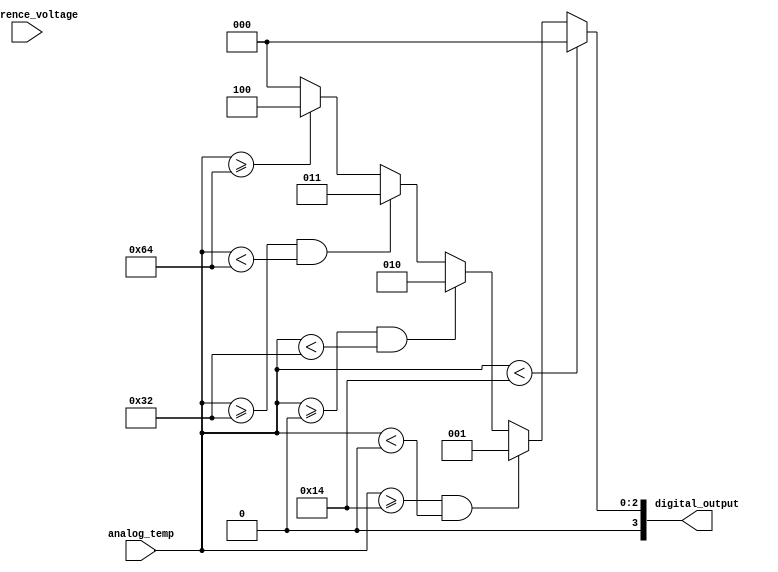
module thermal_encoder (
    input wire [7:0] analog_temp, // 8-bit input representing the analog temperature signal
    input wire [7:0] reference_voltage, // 8-bit reference voltage
    output reg [3:0] digital_output // 4-bit digital output representing the temperature
);

// Define temperature thresholds
parameter TEMP_MIN = 8'd20;  // -20C
parameter TEMP_0   = 8'd0;   // 0C
parameter TEMP_MAX = 8'd100; // 100C

always @(*) begin
    // Initialize the digital output to zero
    digital_output = 4'b0000;

    // Threshold comparisons for encoding
    if (analog_temp < TEMP_MIN) begin
        digital_output = 4'b0000; // Below -20C
    end else if (analog_temp >= TEMP_MIN && analog_temp < TEMP_0) begin
        digital_output = 4'b0001; // Between -20C and 0C
    end else if (analog_temp >= TEMP_0 && analog_temp < 8'd50) begin
        digital_output = 4'b0010; // Between 0C and 50C
    end else if (analog_temp >= 8'd50 && analog_temp < 8'd100) begin
        digital_output = 4'b0011; // Between 50C and 100C
    end else if (analog_temp >= TEMP_MAX) begin
        digital_output = 4'b0100; // Above 100C
    end
end

endmodule